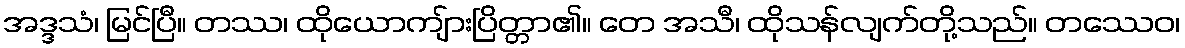
အဒ္ဒသံ၊ မြင်ပြီ။ တဿ၊ ထိုယောကျ်ားပြိတ္တာ၏။ တေ အသီ၊ ထိုသန်လျက်တို့သည်။ တဿေဝ၊